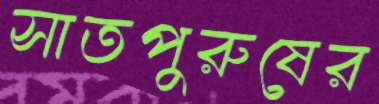
সাতপুরুষের